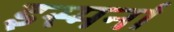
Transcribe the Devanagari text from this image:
इस्मर्ना